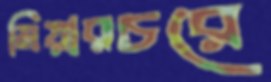
মিয়ারচরে